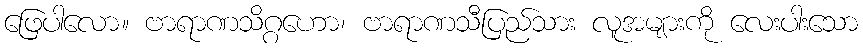
ဖြေပါလော။ ဗာရာဏသိဂ္ဂဟော၊ ဗာရာဏသီပြည်သား လူအများကို လေးပါးသော